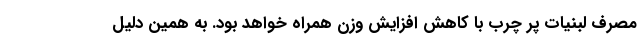
مصرف لبنیات پر چرب با کاهش افزایش وزن همراه خواهد بود. به همین دلیل